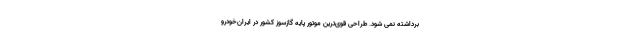
برداشته نمی شود. طراحی قوی‌ترین موتور پایه گازسوز کشور در ایران‌خودرو